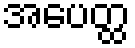
အပေတ္ထ